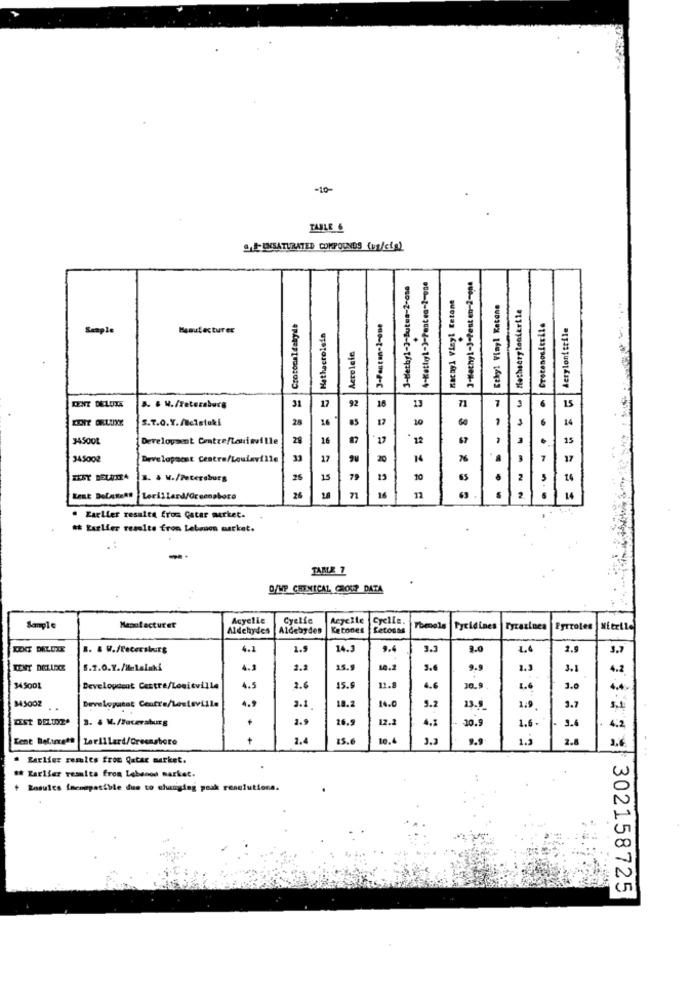
-10-
TABLE 6
&# UNSATURATED COMPOUNDS (us/cia)
3-Methyl-3-Butea-2-one
4-Kattyl-3-Pentea-2-one
3-Methyl-3-Pesten-2-opa
nachyl Vinyl Ketone
Ethyl Vinyl Retane
Crotonaldehyde
deryloni teile
Semple
Manufacturer
Hathacrolein
Acrolele
==== = =
......
......
......
==== = =
DENT DELUXE
B. & W./Teteraburs
31
92
S.T.0.X. /Wcistaki
28
24
12
10
345001
Development Contre/Louisville
28
16
87
17
15
345002
Developaest Cestra/Loulaville
33
17
14
76
17
3. . V./Petersburg
26
15
19
10
65
14
Lorillard/Greensboro
26
14
12
14
. Earlier results from Catar merket.
et Earlier results from Lebanon market.
TABLE 7
O/MP CHEMICAL COUP DATA
Acyelle
Cyelfe
Acyelle
Cyelle.
Manufacturer
Aldehydes
Aldebydes
Ketones
Cetonas
Theools
Pyridines |Fyrazines
Egrroles |Nitrile
B. & W./Pacersburs
4.1
1.9
14.3
9.4
3.3
9.0
2.9
5.7.0.Y./Melalaki
4.3
2.2
15.9
10.2
3.4
9.9
1.3
3.1
34900L
Developeout Centre/Louisville
4.5
2.6
15.5
11.8
4.6
30.9
1.6
3.0
4.9
3.1
18.2
10.0
5.2
23.
1.9
3.7
3. . V./Facevaburg
+
2.9
26.
12.1
10.9
3.4
1.6
+
2.4
10.4
9.9
1.3
2.8
. Earlier remits from Qatar market.
th Raxlier results from Lebanon market.
+ Results imcompatible due to changing peak resolutions.
3 7111# 302158725